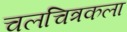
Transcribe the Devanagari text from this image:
चलचित्रकला